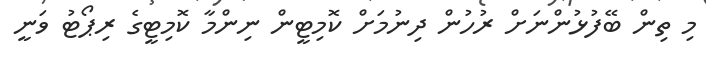
މި ތިން ބޭފުޅުންނަށް ރުހުން ދިނުމަށް ކޮމިޓީން ނިންމާ ކޮމިޓީގެ ރިޕޯޓު ވަނީ